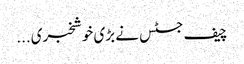
چیف جسٹس نے بڑی خوشخبری...